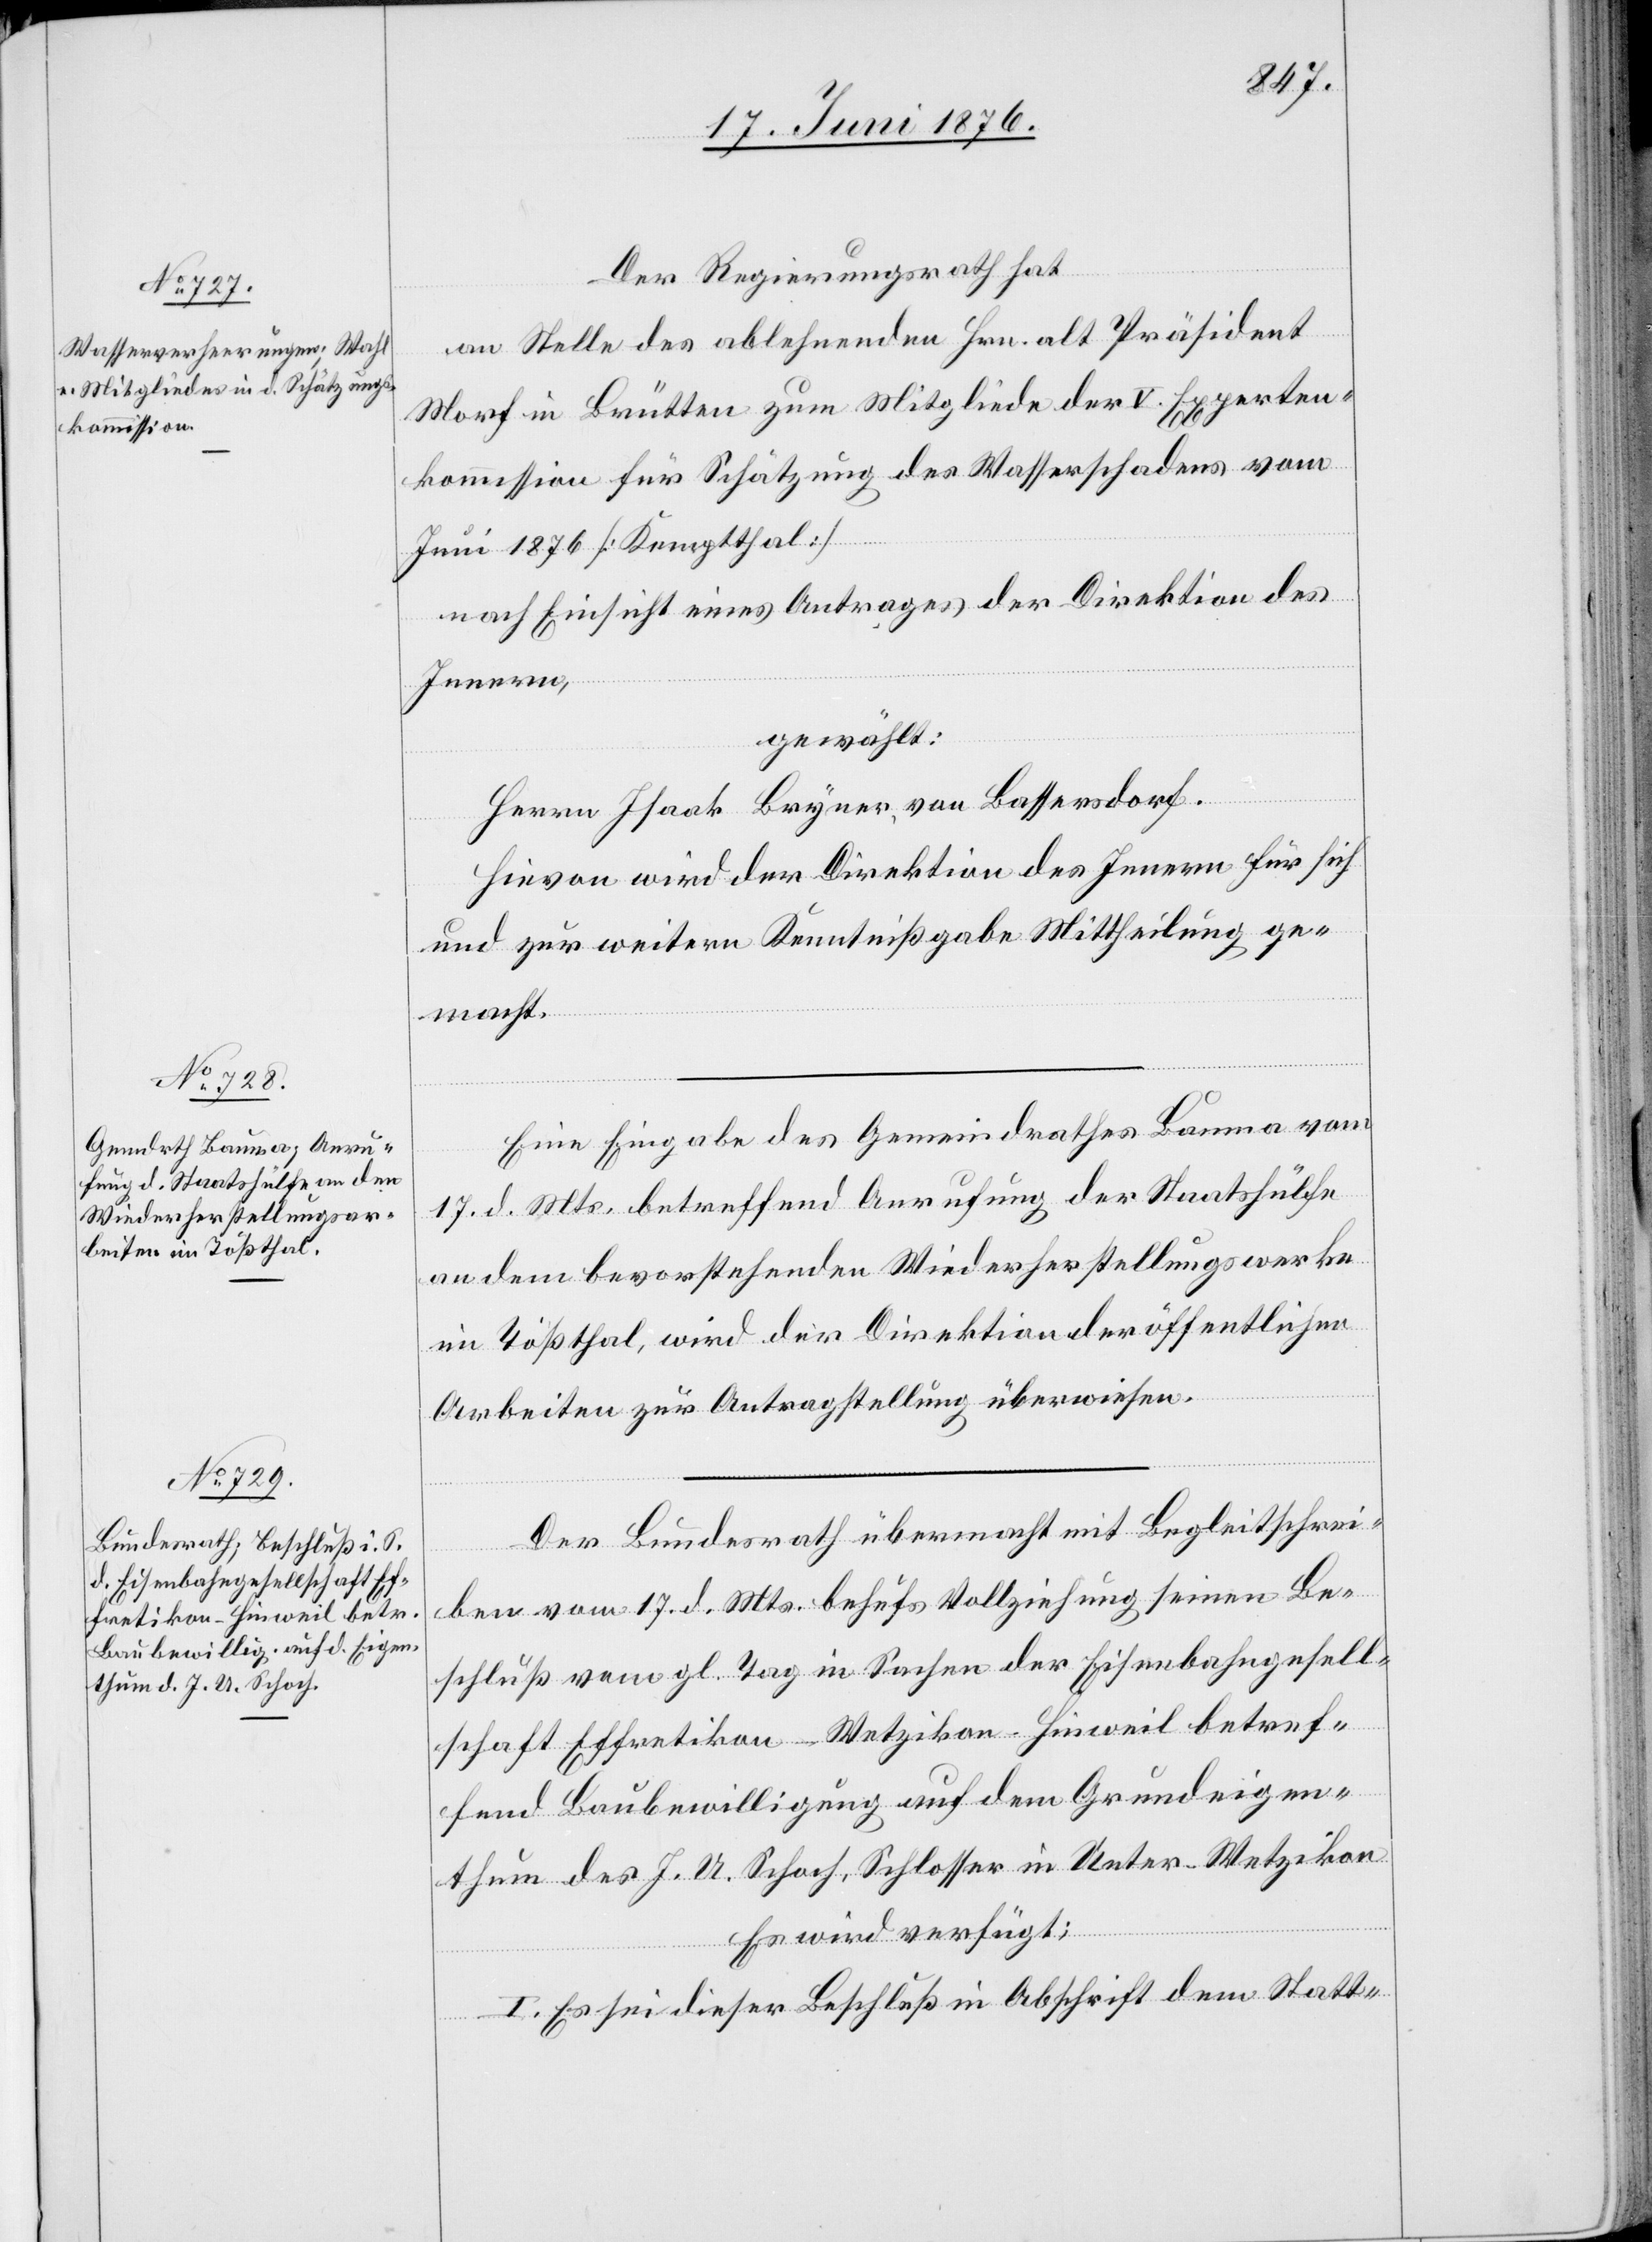
20. Juni 1876.]
Der Regierungsrath hat
an Stelle des ablehnenden Hrn. alt Präsident
Morf in Brütten zum Mitgliede der V. Experten¬
kommission für Schätzung des Wasserschadens vom
Juni 1876 [Kemptthal]
nach Einsicht eines Antrages der Direktion des
Innern,
gewählt:
Herrn Isaak Bryner, von Bassersdorf.
Hievon wird der Direktion des Innern für sich
und zur weitern Kenntnißgabe Mittheilung ge¬
macht.
Eine Eingabe des Gemeindrathes Bauma vom
17. d. Mts. betreffend Anrufung der Staatshülfe
an dem bevorstehenden Wiederherstellungswerke
im Tößthal, wird der Direktion der öffentlichen
Arbeiten zur Antragstellung überwiesen.
Der Bundesrath übermacht mit Begleitschrei¬
ben vom 17. d. Mts. behufs Vollziehung seinen Be¬
schluß vom gl. Tag in Sachen der Eisenbahngesell¬
schaft Effretikon–Wetzikon–Hinweil betref¬
fend Baubewilligung auf dem Grundeigen¬
thum des J. U. Schoch, Schlosser in Unter-Wetzikon.
Es wird verfügt:
I. Es sei dieser Beschluß in Abschrift dem Statt-